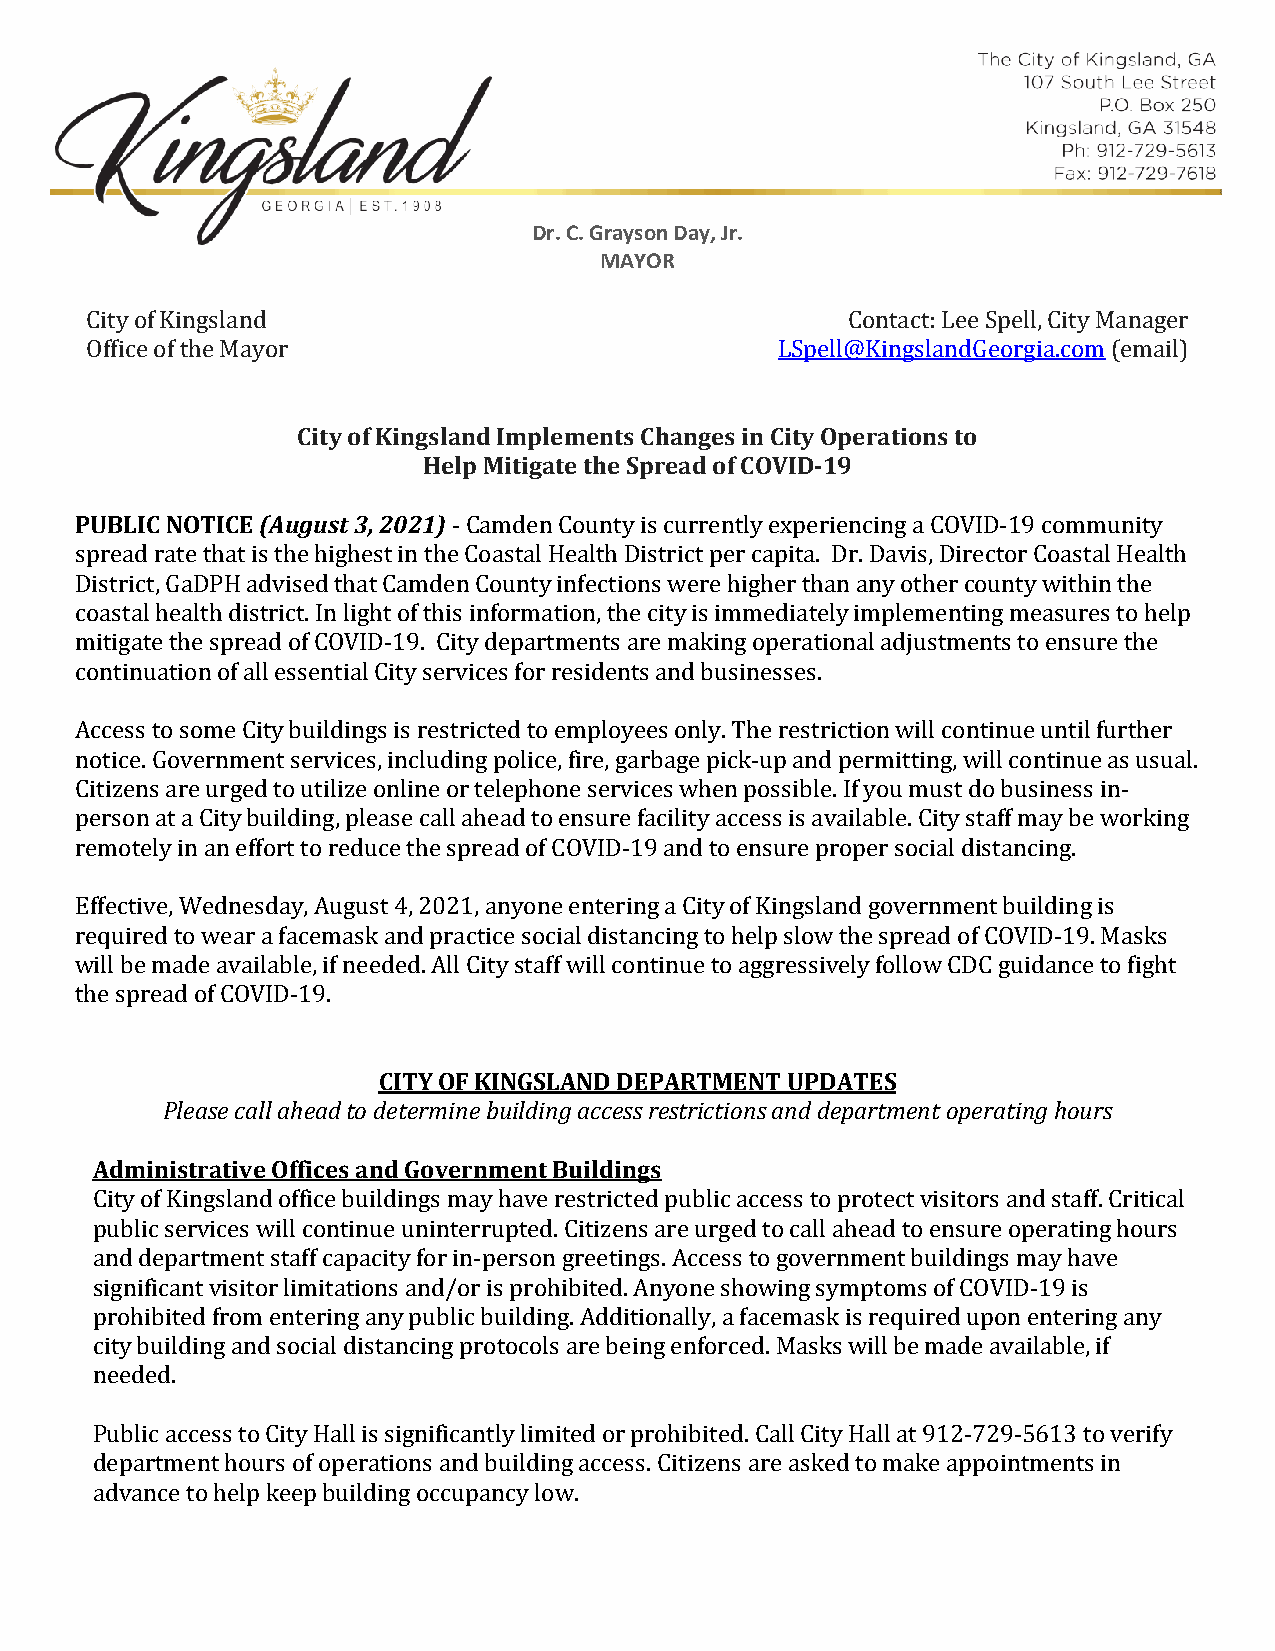
Dr. C. Grayson Day, Jr.
 MAYOR
 City of Kingsland                                 Contact: Lee Spell, City Manager
 Office of the Mayor                           LSpell@KingslandGeorgia.com (email)
 City of Kingsland Implements Changes in City Operations to
 Help Mitigate the Spread of COVID-19
 PUBLIC NOTICE (August 3, 2021)
 - Camden County is currently experiencing a COVID-19 community
 spread rate that is the highest in the Coastal Health District per capita. Dr. Davis, Director Coastal Health
 District, GaDPH advised that Camden County infections were higher than any other county within the
 coastal health district. In light of this information, the city is immediately implementing measures to help
 mitigate the spread of COVID-19. City departments are making operational adjustments to ensure the
 continuation of all essential City services for residents and businesses.
 Access to some City buildings is restricted to employees only. The restriction will continue until further
 notice. Government services, including police, fire, garbage pick-up and permitting, will continue as usual.
 Citizens are urged to utilize online or telephone services when possible. If you must do business in-
 person at a City building, please call ahead to ensure facility access is available. City staff may be working
 remotely in an effort to reduce the spread of COVID-19 and to ensure proper social distancing.
 Effective, Wednesday, August 4, 2021, anyone entering a City of Kingsland government building is
 required to wear a facemask and practice social distancing to help slow the spread of COVID-19. Masks
 will be made available, if needed. All City staff will continue to aggressively follow CDC guidance to fight
 t he spread of COVID-19.
 CITY OF KINGSLAND DEPARTMENT UPDATES
 Please call ahead to determine building access restrictions and department operating hours
 Administrative Offices and Government Buildings
 City of Kingsland office buildings may have restricted public access to protect visitors and staff. Critical
 public services will continue uninterrupted. Citizens are urged to call ahead to ensure operating hours
 and department staff capacity for in-person greetings. Access to government buildings may have
 significant visitor limitations and/or is prohibited. Anyone showing symptoms of COVID-19 is
 prohibited from entering any public building. Additionally, a facemask is required upon entering any
 city building and social distancing protocols are being enforced. Masks will be made available, if
 needed.
 Public access to City Hall is significantly limited or prohibited. Call City Hall at 912-729-5613 to verify
 d epartment hours of operations and building access. Citizens are asked to make appointments in
 advance to help keep building occupancy low.